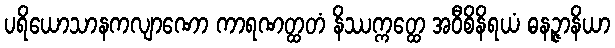
ပရိယောသာနကလျာဏော ကာရဏတ္ထတံ နိဿက္ကတ္ထေ အဝီစိနိရယံ ဓနဉ္ဇာနိယာ